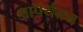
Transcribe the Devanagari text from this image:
आपर्यतय